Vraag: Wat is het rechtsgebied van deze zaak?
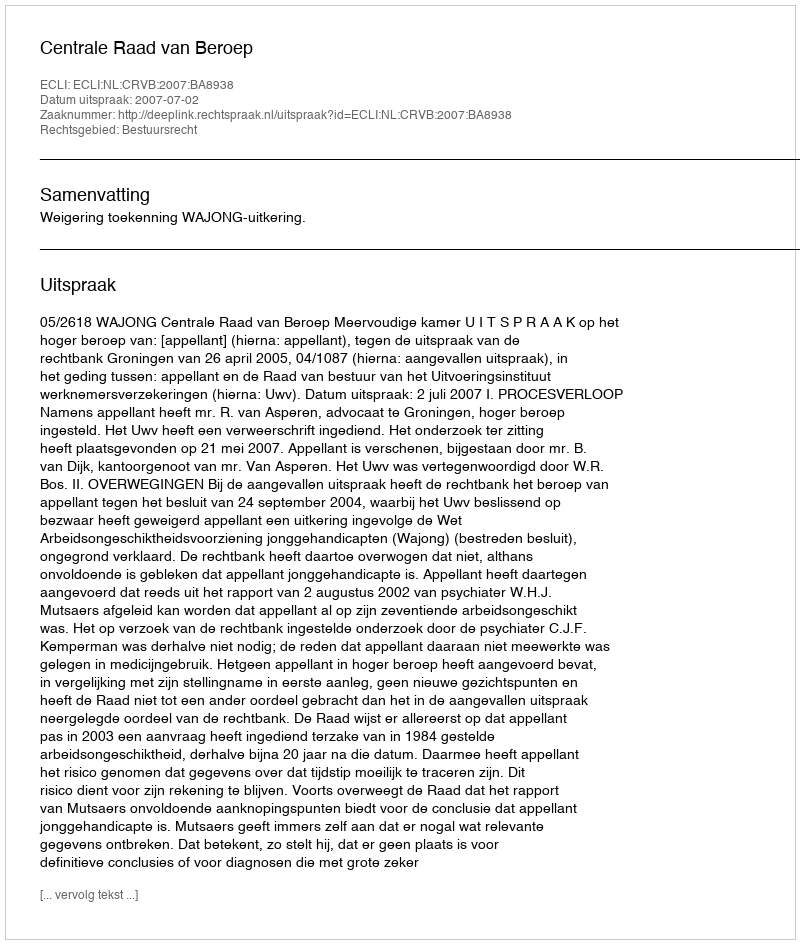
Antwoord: Bestuursrecht